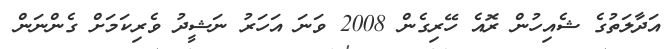
އަދާލަތުގެ ޝެއިހުން ރޮއެ ހޭރިގެން 2008 ވަނަ އަހަރު ނަޝީދު ވެރިކަމަށް ގެންނަން